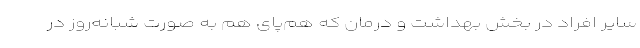
سایر افراد در بخش بهداشت و درمان که هم‌پای هم به صورت شبانه‌روز در